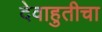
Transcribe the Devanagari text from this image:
देवाहुतीचा